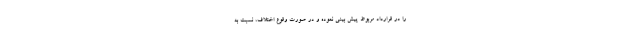
را در قرارداد مربوط پیش بینی نموده و در صورت وقوع اختلاف، نسبت به